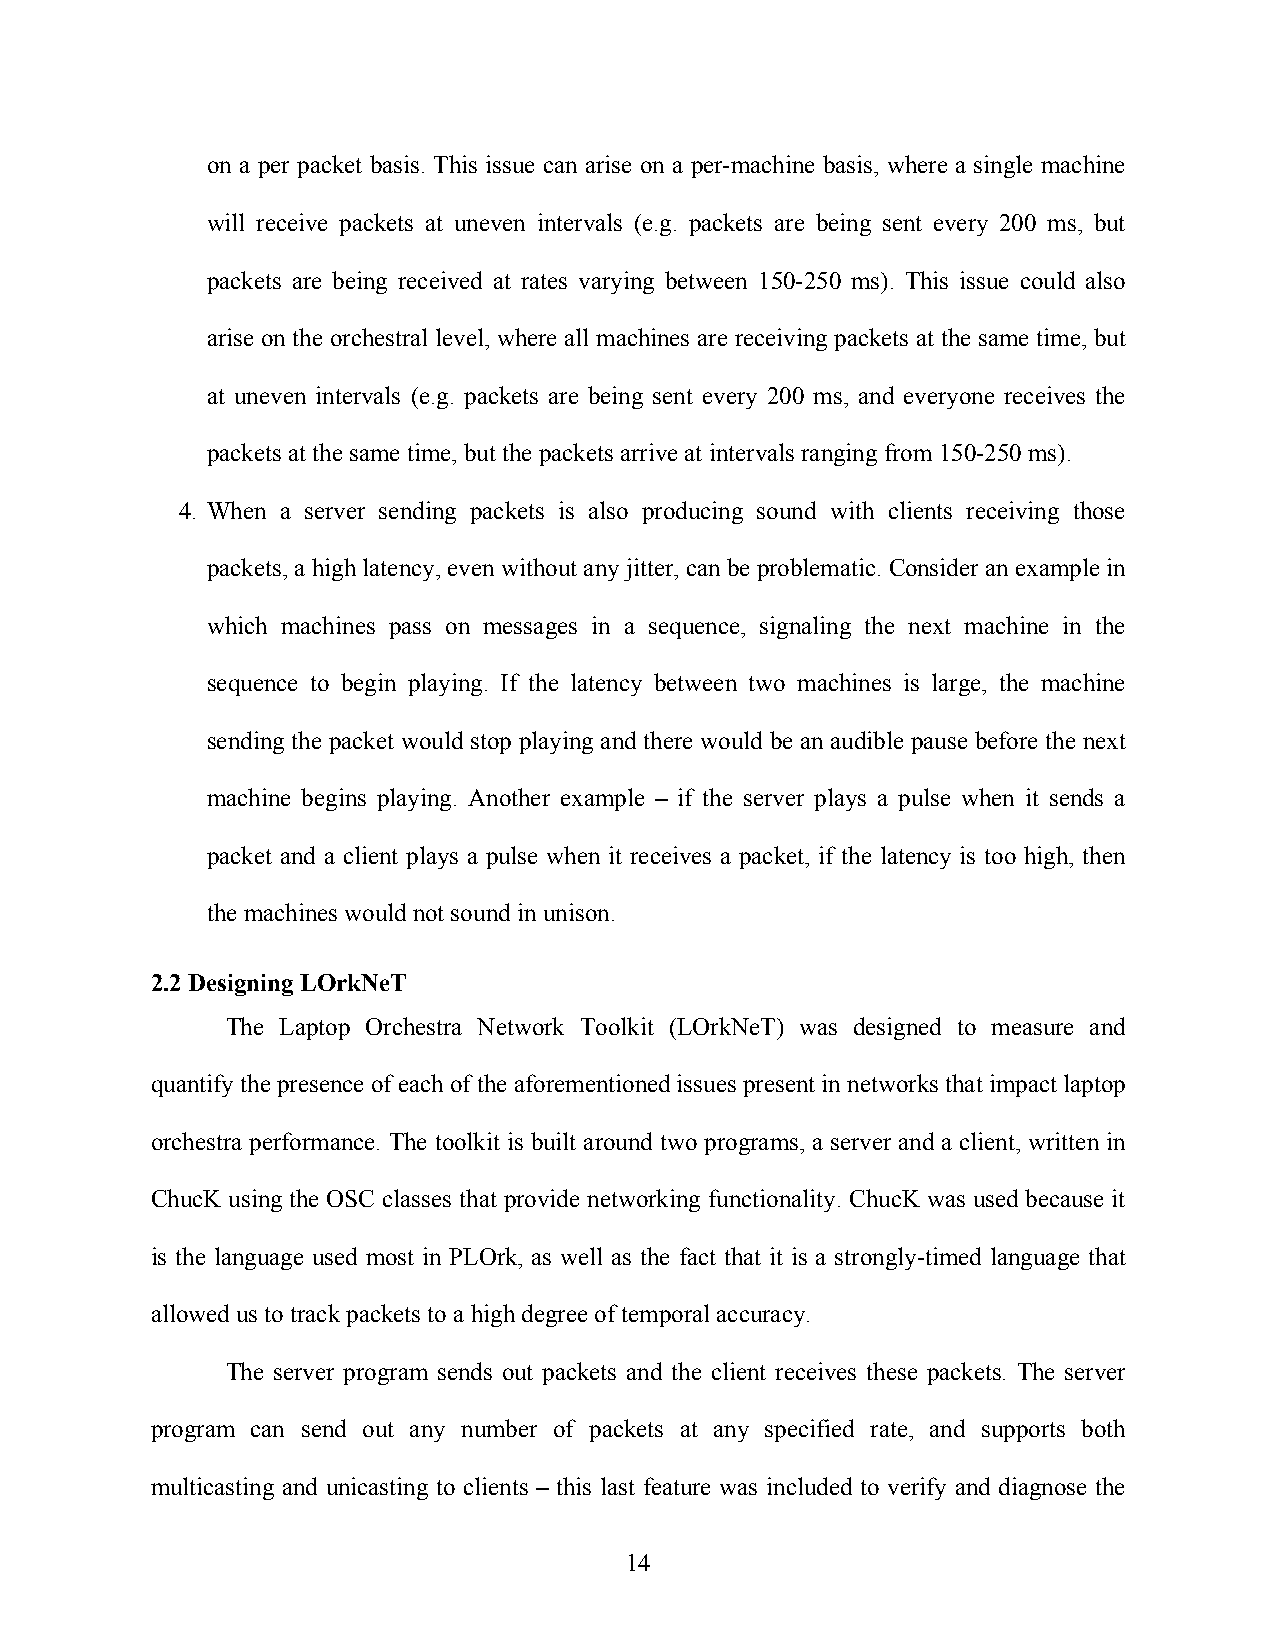
on a per packet basis. This issue can arise on a per-machine basis, where a single machine
 will receive packets at uneven intervals (e.g. packets are being sent every 200 ms, but
 packets are being received at rates varying between 150-250 ms). This issue could also
 arise on the orchestral level, where all machines are receiving packets at the same time, but
 at uneven intervals (e.g. packets are being sent every 200 ms, and everyone receives the
 packets at the same time, but the packets arrive at intervals ranging from 150-250 ms).
 4. When a server sending packets is also producing sound with clients receiving those
 packets, a high latency, even without any jitter, can be problematic. Consider an example in
 which machines pass on messages in a sequence, signaling the next machine in the
 sequence to begin playing. If the latency between two machines is large, the machine
 sending the packet would stop playing and there would be an audible pause before the next
 machine begins playing. Another example – if the server plays a pulse when it sends a
 packet and a client plays a pulse when it receives a packet, if the latency is too high, then
 the machines would not sound in unison.
 2.2 Designing LOrkNeT
 The Laptop Orchestra Network Toolkit (LOrkNeT) was designed to measure and
 quantify the presence of each of the aforementioned issues present in networks that impact laptop
 orchestra performance. The toolkit is built around two programs, a server and a client, written in
 ChucK using the OSC classes that provide networking functionality. ChucK was used because it
 is the language used most in PLOrk, as well as the fact that it is a strongly-timed language that
 allowed us to track packets to a high degree of temporal accuracy.
 The server program sends out packets and the client receives these packets. The server
 program can send out any number of packets at any specified rate, and supports both
 multicasting and unicasting to clients – this last feature was included to verify and diagnose the
 14